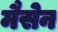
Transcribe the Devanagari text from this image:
मैसेन